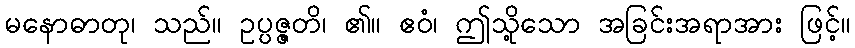
မနောဓာတု၊ သည်။ ဥပ္ပဇ္ဇတိ၊ ၏။ ဧဝံ၊ ဤသို့သော အခြင်းအရာအား ဖြင့်။